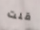
قلت